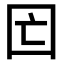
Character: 𡆲